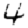
Digit: 4